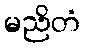
မညိတံ